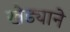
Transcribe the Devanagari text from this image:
खेड्याने